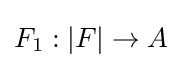
F_{1}:|F|\rightarrow A